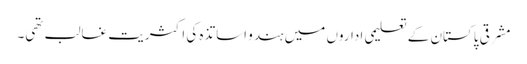
مشرقی پاکستان کے تعلیمی اداروں میں ہندو اساتذہ کی اکثریت غالب تھی۔